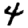
Digit: 4